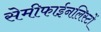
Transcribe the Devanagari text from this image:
सेमीफाईनलिस्टों